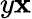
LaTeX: y\mathbf{x}